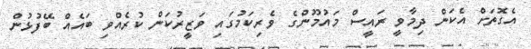
އެގޮތަށް އެކަން ދިމާވީ ރައީސް މައުމޫންގެ ވެރިކަމުގައި ވަޒީރުކަން ކުރެއްވި ބައެއް ބޭފުޅުން